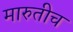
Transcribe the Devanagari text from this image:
मारुतीच